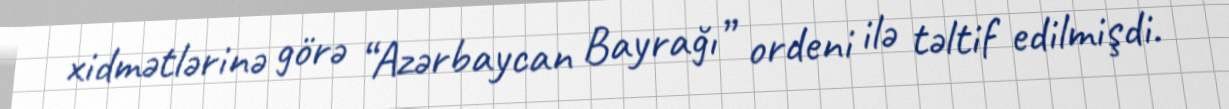
xidmətlərinə görə “Azərbaycan Bayrağı” ordeni ilə təltif edilmişdi.